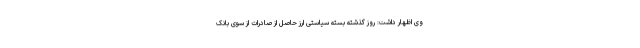
وی اظهار داشت: روز گذشته بسته سیاستی ارز حاصل از صادرات از سوی بانک